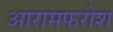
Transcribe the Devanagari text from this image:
आरामफरोश